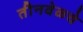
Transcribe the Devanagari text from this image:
तीनवेळचे